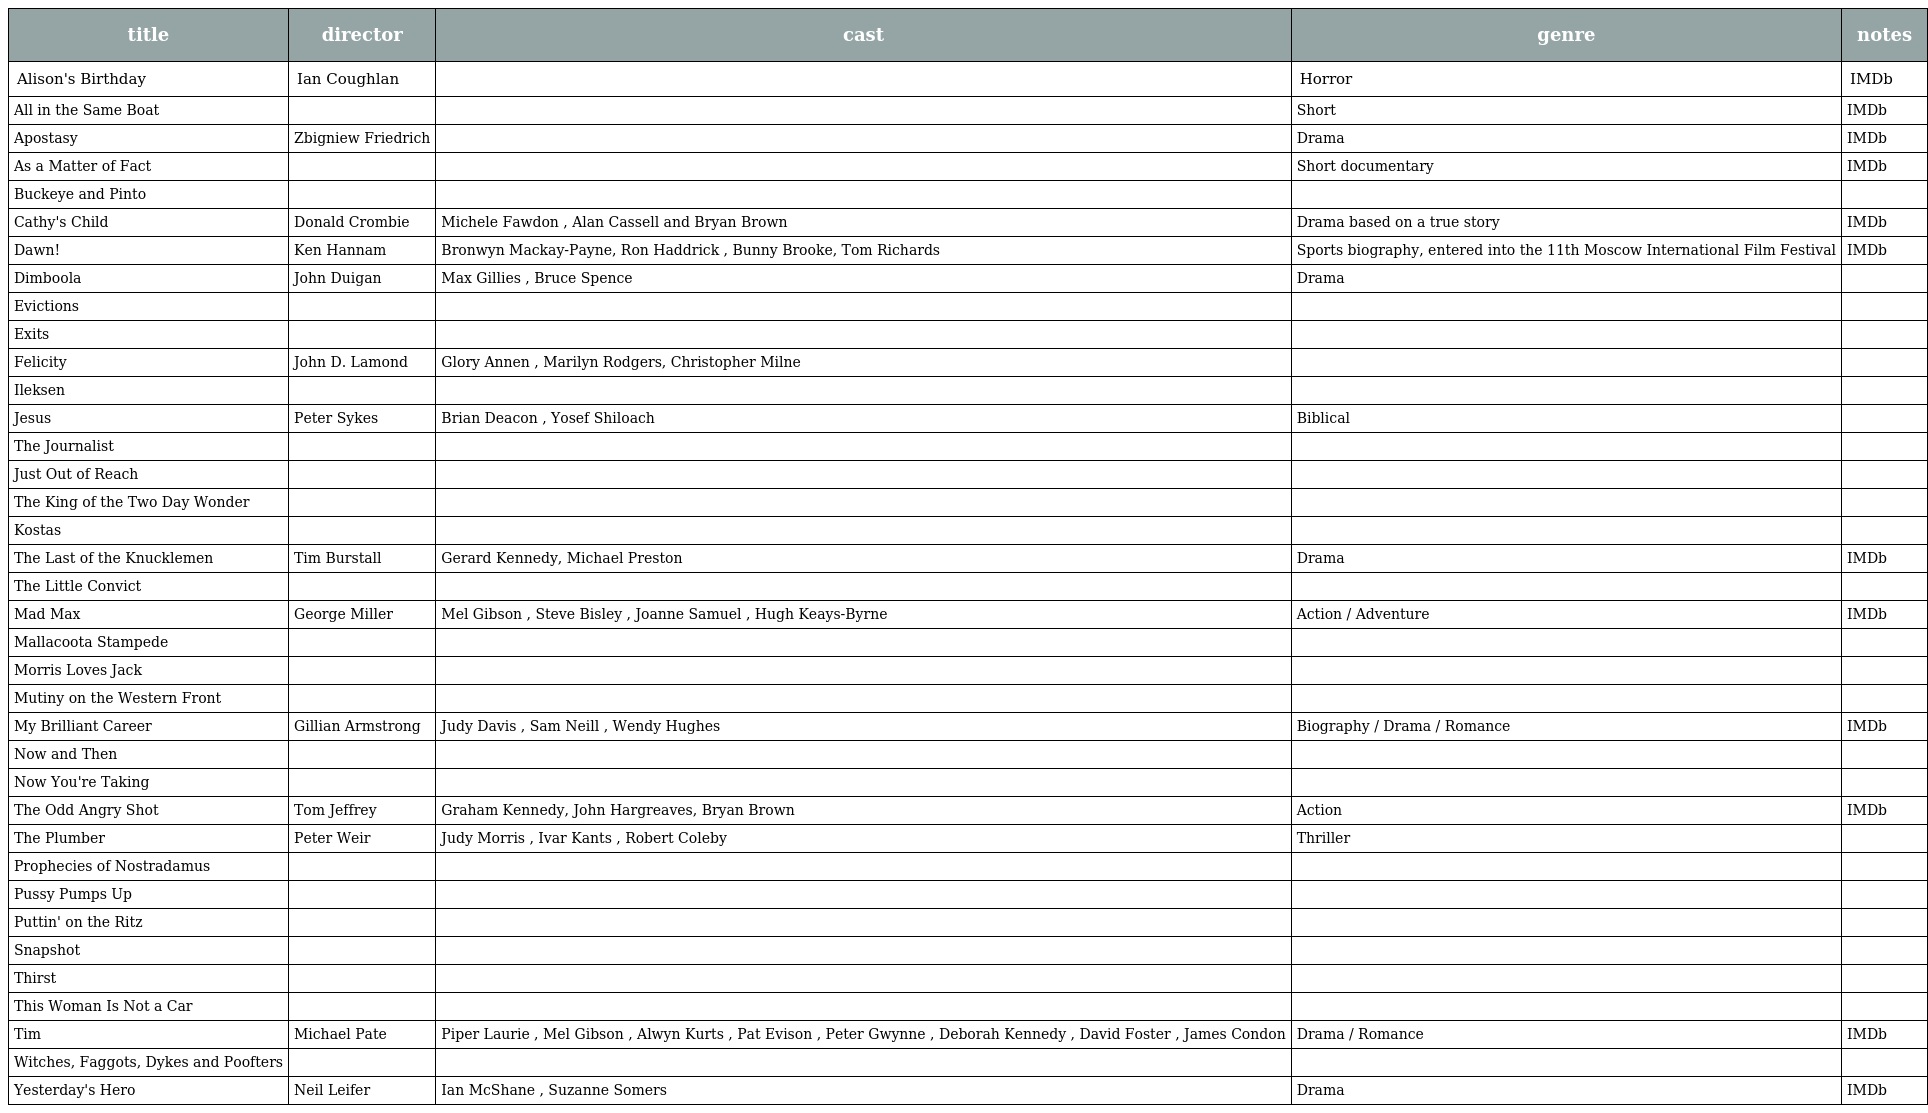
| title | director | cast | genre | notes |
 | --- | --- | --- | --- | --- |
 | Alison's Birthday | Ian Coughlan |  | Horror | IMDb |
 | All in the Same Boat |  |  | Short | IMDb |
 | Apostasy | Zbigniew Friedrich |  | Drama | IMDb |
 | As a Matter of Fact |  |  | Short documentary | IMDb |
 | Buckeye and Pinto |  |  |  |  |
 | Cathy's Child | Donald Crombie | Michele Fawdon , Alan Cassell and Bryan Brown | Drama based on a true story | IMDb |
 | Dawn! | Ken Hannam | Bronwyn Mackay-Payne, Ron Haddrick , Bunny Brooke, Tom Richards | Sports biography, entered into the 11th Moscow International Film Festival | IMDb |
 | Dimboola | John Duigan | Max Gillies , Bruce Spence | Drama |  |
 | Evictions |  |  |  |  |
 | Exits |  |  |  |  |
 | Felicity | John D. Lamond | Glory Annen , Marilyn Rodgers, Christopher Milne |  |  |
 | Ileksen |  |  |  |  |
 | Jesus | Peter Sykes | Brian Deacon , Yosef Shiloach | Biblical |  |
 | The Journalist |  |  |  |  |
 | Just Out of Reach |  |  |  |  |
 | The King of the Two Day Wonder |  |  |  |  |
 | Kostas |  |  |  |  |
 | The Last of the Knucklemen | Tim Burstall | Gerard Kennedy, Michael Preston | Drama | IMDb |
 | The Little Convict |  |  |  |  |
 | Mad Max | George Miller | Mel Gibson , Steve Bisley , Joanne Samuel , Hugh Keays-Byrne | Action / Adventure | IMDb |
 | Mallacoota Stampede |  |  |  |  |
 | Morris Loves Jack |  |  |  |  |
 | Mutiny on the Western Front |  |  |  |  |
 | My Brilliant Career | Gillian Armstrong | Judy Davis , Sam Neill , Wendy Hughes | Biography / Drama / Romance | IMDb |
 | Now and Then |  |  |  |  |
 | Now You're Taking |  |  |  |  |
 | The Odd Angry Shot | Tom Jeffrey | Graham Kennedy, John Hargreaves, Bryan Brown | Action | IMDb |
 | The Plumber | Peter Weir | Judy Morris , Ivar Kants , Robert Coleby | Thriller |  |
 | Prophecies of Nostradamus |  |  |  |  |
 | Pussy Pumps Up |  |  |  |  |
 | Puttin' on the Ritz |  |  |  |  |
 | Snapshot |  |  |  |  |
 | Thirst |  |  |  |  |
 | This Woman Is Not a Car |  |  |  |  |
 | Tim | Michael Pate | Piper Laurie , Mel Gibson , Alwyn Kurts , Pat Evison , Peter Gwynne , Deborah Kennedy , David Foster , James Condon | Drama / Romance | IMDb |
 | Witches, Faggots, Dykes and Poofters |  |  |  |  |
 | Yesterday's Hero | Neil Leifer | Ian McShane , Suzanne Somers | Drama | IMDb |